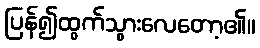
ပြန်၍ထွက်သွားလေတော့၏။